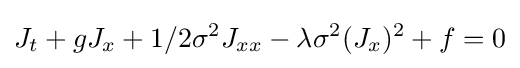
\displaystyle J_{t}+gJ_{x}+1/2\sigma ^{2}J_{xx}-\lambda \sigma ^{2}(J_{x})^{2}+f=0